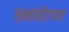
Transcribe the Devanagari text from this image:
सभाधीटपणा